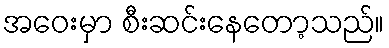
အဝေးမှာ စီးဆင်းနေတော့သည်။